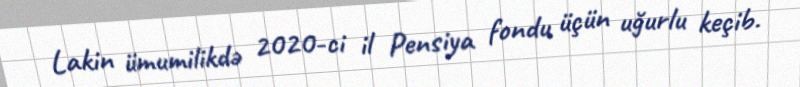
Lakin ümumilikdə 2020-ci il Pensiya fondu üçün uğurlu keçib.